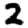
Digit: 2